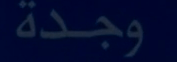
وجدة